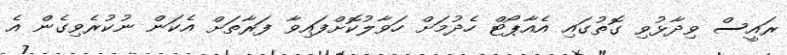
ރައީސް ވިދާޅުވި ގޮތުގައި އެއާޕޯޓް ހެދުމަށް ހަވާލުކޮށްފައިވާ ފަރާތަށް އެކަން ނުކުރެވިގެން އެ